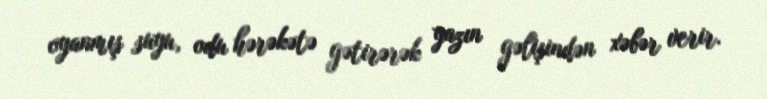
oyanmış suyu, odu hərəkətə gətirərək yazın gəlişindən xəbər verir.